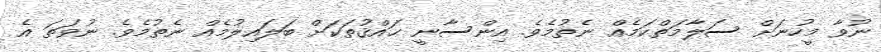
ނުވާ މީހުނަށް ސަލާމަތްކަމެއް ނެތުމެވެ. އިންސާނީ ޙައްޤުތަކަށް ބަލައިލުމެއް ނެތުމެވެ. ނުވަތަ އެ